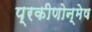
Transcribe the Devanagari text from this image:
प्रकीणोन्मेष